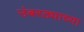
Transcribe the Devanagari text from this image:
उंबरठ्याच्या